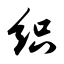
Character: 织